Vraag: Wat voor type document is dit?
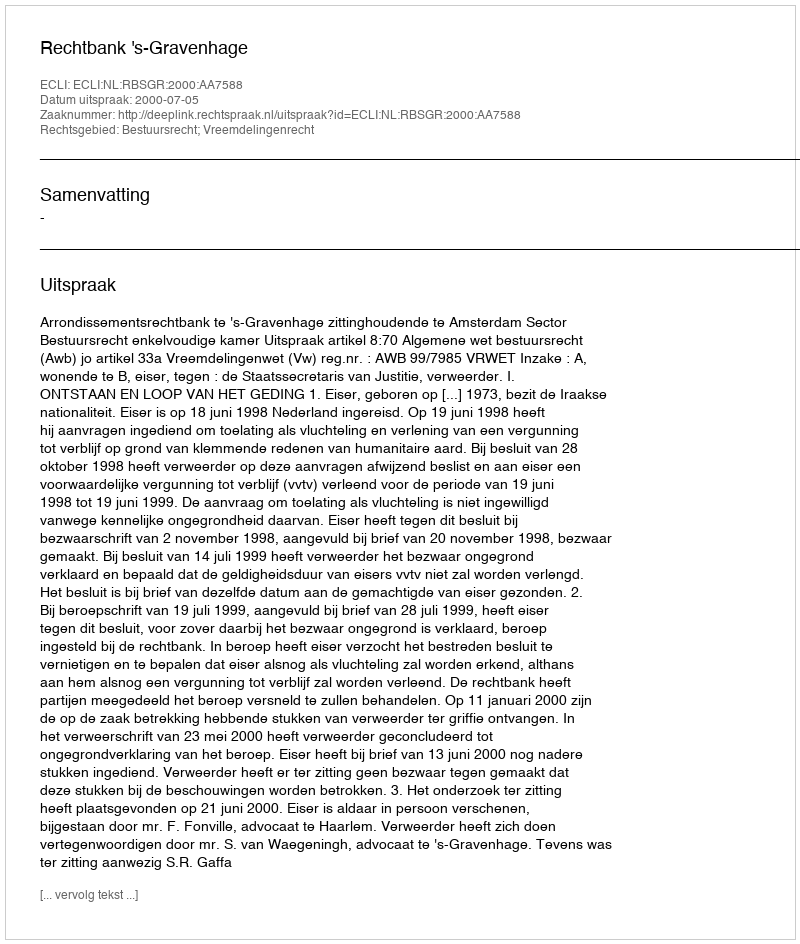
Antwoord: Uitspraak